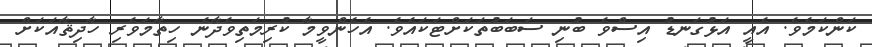
ކަންކަމެވެ. އެއީ އަޅުގަނޑު އިސްވެ ބުނި ސަބަބުތަކަށްޓަކައެވެ. އެހެންވީމާ ކުރިމަތިވެދާނެ ހިތާމަވެރި ހާދިޘާއަކަށް